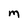
Character: m